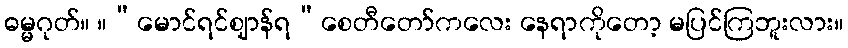
ဓမ္မဂုတ်။ ။“မောင်ရင်ဈာန်ရ”စေတီတော်ကလေး နေရာကိုတော့ မပြင်ကြဘူးလား။